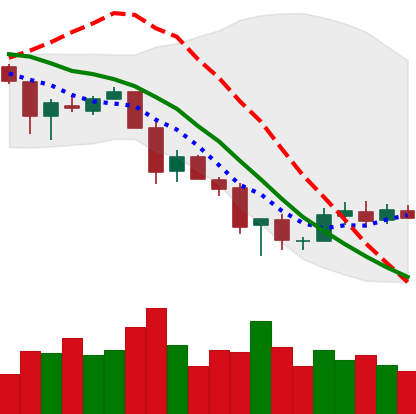
Ticker: XLM-USD
Chart end date: 2018-12-02
Forward return: -28.096%
Label: down_7plus